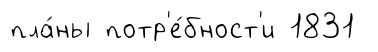
пла́ны потр'е́бност'и 1831